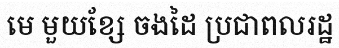
មេ មួយខ្សែ ចងដៃ ប្រជាពលរដ្ឋ